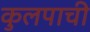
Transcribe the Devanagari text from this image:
कुलपाची